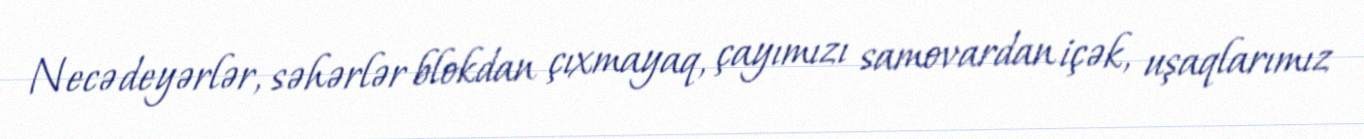
Necə deyərlər, səhərlər blokdan çıxmayaq, çayımızı samovardan içək, uşaqlarımız